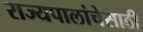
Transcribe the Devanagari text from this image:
राज्यपालांचेसाठी